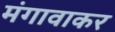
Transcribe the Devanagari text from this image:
मंगावाकर